Medical and sanitary report of the native army of Bengal for the year
Year: 1878
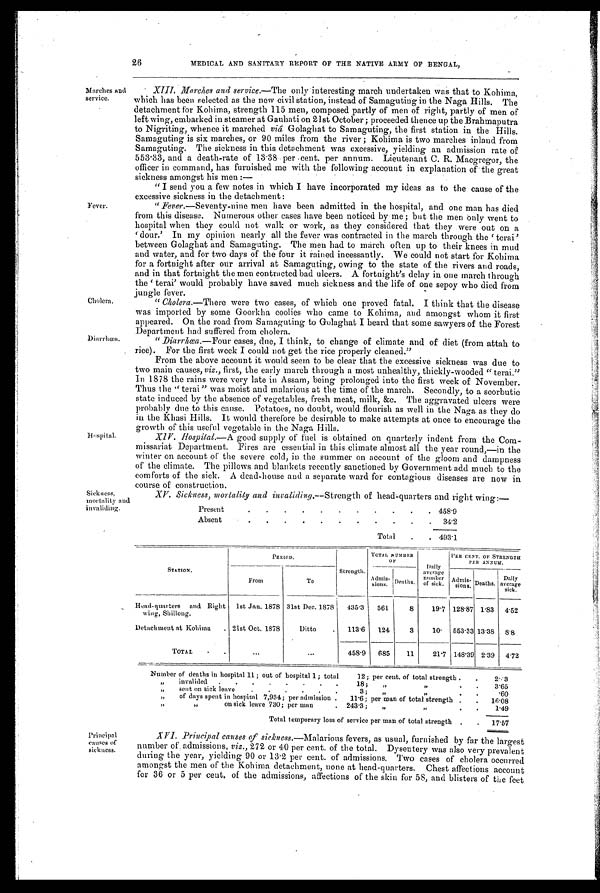
Present
.
.
.
.
.
.
. .
.
.
. 458.9
Absent
. .
.
. .
.
.
. .
.
. 34. 2
Total . . 493.1
Sickness,
mortality and
invaliding.
XV. Sickness, mortality and invaliding.—Strength of head quarters and right wing:—
26 MEDICAL AND SANITARY REPORT OF THE NATIVE ARMY OF BENGAL,
Marches and
service.
Fever.
Cholera.
Hospital.
XIII. Marches and service.—The only interesting march undertaken was that to Kohima,
which has been selected as the new civil station, instead of Samaguting in the Naga Hills. The
detachment for Kohima, strength 115 men, composed partly of men of right, partly of men of
left wing, embarked in steamer at Gauhati on 21st October ; proceeded thence up the Brahmaputra
to Nigriting, whence it marched viâ Golaghat to Samaguting, the first station in the Hills.
Samaguting is six marches, or 90 miles from the river ; Kohima is two marches inland from
Samaguting. The sickness in this detachment was excessive, yielding an admission rate of
553.83, and a death-rate of 1338 per cent, per annum. Lieutenant C. R. Macgregor, the
officer in command, has furnished me with the following account in explanation of the great
sickness amongst his men :
—
" I send you a few notes in which I have incorporated my ideas as to the cause of the
excessive sickness in the detachment :
"Fever. —Seventy-nine men have been admitted in the hospital, and one man has died
from this disease. Numerous other cases have been noticed by me; but the men only went to
hospital when they could not walk or work, as they considered that they were out on a
'dour.' In my opinion nearly all the fever was contracted in the march through the terai'
between Golaghat and Samaguting. The men had to march often up to their knees in mud
and water, and for two days of the four it rained incessantly. We could not start for Kohima
for a fortnight after our arrival at Samaguting, owing to the state of the rivers and roads,
and in that fortnight the men contracted bad ulcers. A fortnight's delay in one march through
the 'terai' would probably have saved much sickness and the life of one sepoy who died from
jungle fever.
" Cholera. —There were two cases, of which one proved fatal. I think that the disease
was imported by some Goorkha coolies who came to Kohima, and amongst whom it first
appeared. On the road from Samaguting to Golaghat I heard that some sawyers of the Forest
Department had suffered from cholera.
" Diarrhœa.—Four cases, due, I think, to change of climate and of diet (from attah to
rice). For the first week I could not get the rice properly cleaned."
From the above account it would seem to be clear that the excessive sickness was due to
two main causes, viz., first, the early march through a most unhealthy, thickly-wooded " terai."
In 1878 the rains were very late in Assam, being prolonged into the first week of November.
Thus the " terai" was moist and malarious at the time of the march. Secondly, to a scorbutic
state induced by the absence of vegetables, fresh meat, milk, &c. The aggravated ulcers were
probably due to this cause. Potatoes, no doubt, would flourish as well in the Naga as they do
in the Khasi Hills. It would therefore be desirable to make attempts at once to encourage the
growth of this useful vegetable in
t h e N a g a H i l l s .
Hospital.—A good supply of fuel is obtained on quarterly indent from the Com
-missariat Department. Fires are essential in this climate almost all the year round,—in the
winter on account of the severe cold, in the summer on account of the gloom and dampness
of the climate. The pillows and blankets recently sanctioned by Government add much to the
comforts of the sick. A dead-house and a separate ward for contagious diseases are now in
course of construction.
Principal
causes of
sickness.
STATION.
P E R I O D .
Strength.
TOTAL NUMBER
OF
D a i l y
average number of
sick
PER CENT. OF STRENGTH
From
To
Admis- s i o n s . Deaths.
Admis- sions. Deaths. Daily
average sick.
Head-quarters and Right
wing, Shillong.
1st Jan. 1878 31st Dec. 1878 435.3 561
8
19.7 128.87 1.83 4.52
Detachment at Kohima . 21st Oct. 1878
Ditto
. 113.6 124
3
10. 553.33 13.38 8 . 8
TOTAL
.
.
...
...
458.9 685
11
21.7 148.39 2.39 4.72
Number of deaths in hospital 11 ; out of hospital 1 ; total
12; per cent. of total strength . .
2.3
„ invalided . . . . .
. .
18;
„ „.
.
3.65
„ sent on sick leave
. .
. . .
3; „
„
.
.
.60
„ of days spent in hospital 7,934; per admission . 11.6; per man of total strength . . 16.08
„ on sick leave 730; per man
. 243.3; „
„
. .
1.49
Total temporary loss of service per man of total strength . . 17.57
XVI. Principal causes of sickness. —Malarious fevers, as usual, furnished by far the largest
number of admissions, viz., 272 or 40 per cent. of the total. Dysentery was also very prevalent
during the year, yielding 90 or 13.2 per cent. of admissions. Two cases of cholera occurred
amongst the men of the Kohima detachment, none at head-quarters. Chest affections account
for 36 or 5 per cent, of the admissions, affections of the skin for 58, and blisters of the feet